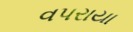
વપરાયા